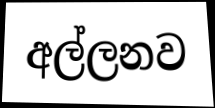
අල්ලනව